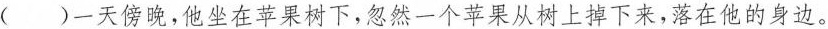
（ ）一天傍晚，他坐在苹果树下，忽然一个苹果从树上掉下来，落在他的身边。